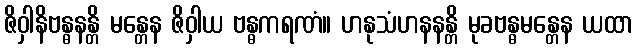
ဇိဝှါနိဗန္ဓနန္တိ မန္တေန ဇိဝှါယ ဗန္ဓကရဏံ။ ဟနုသံဟနနန္တိ မုခဗန္ဓမန္တေန ယထာ